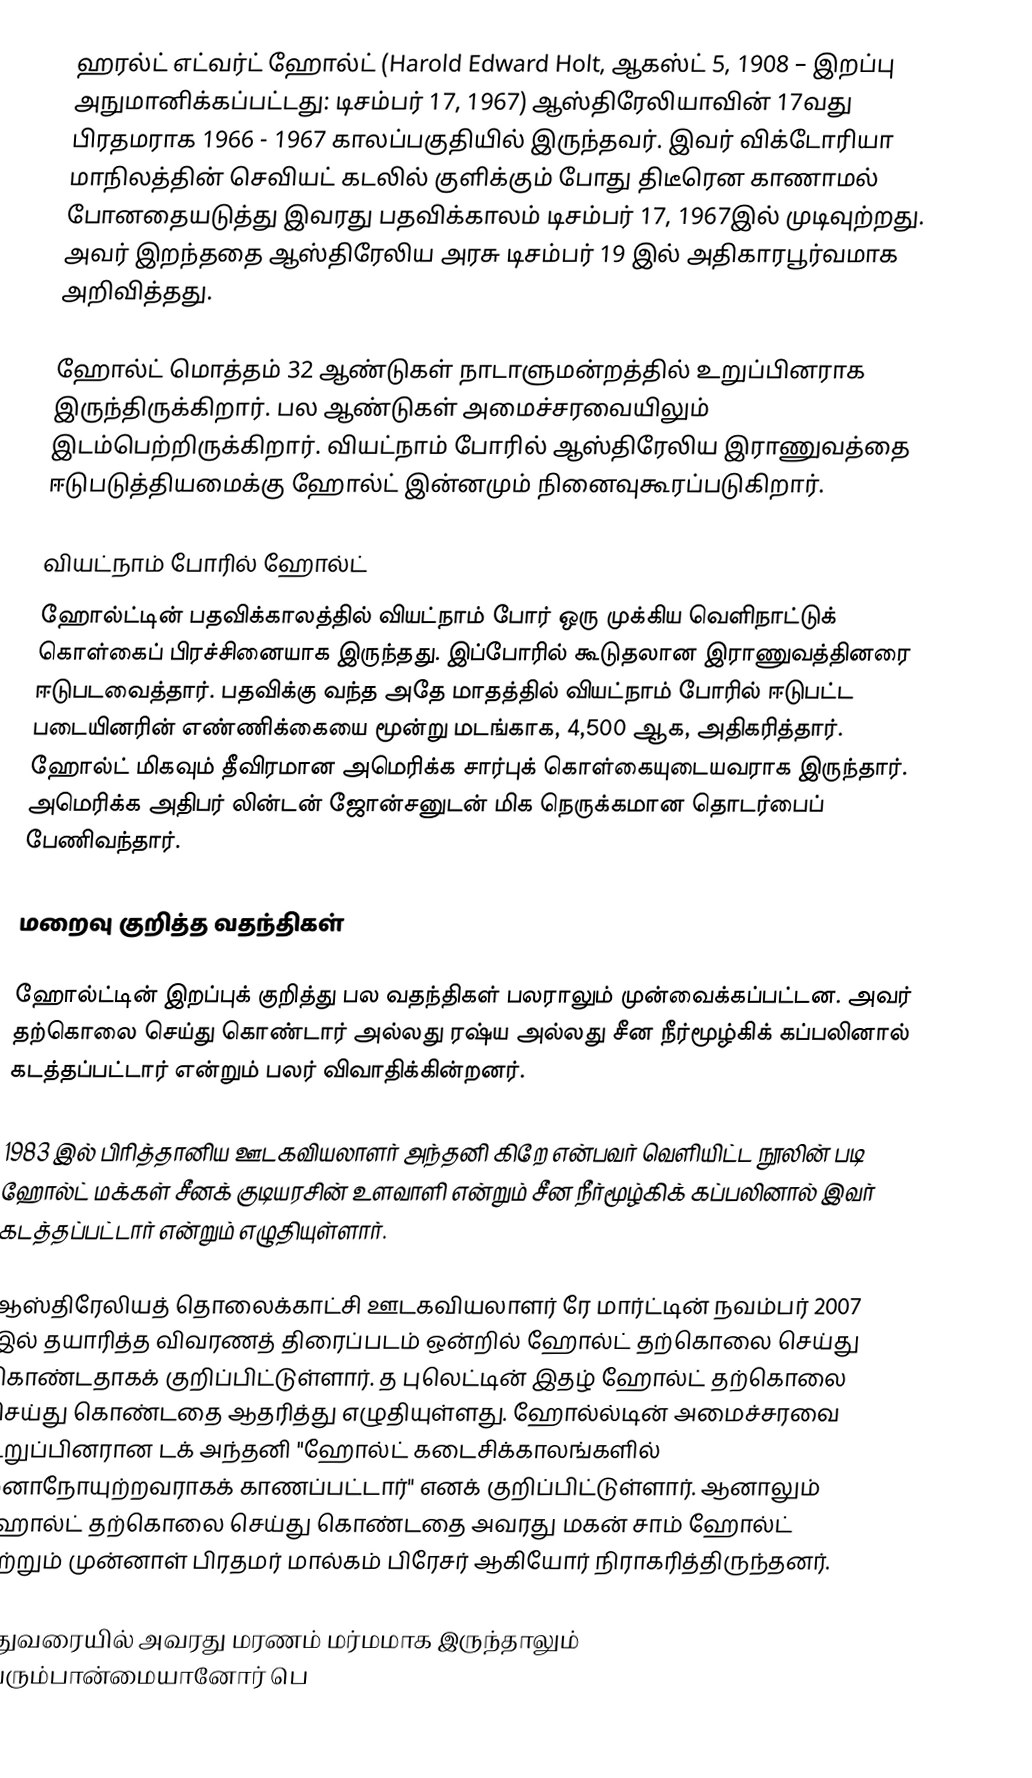
ஹரல்ட் எட்வர்ட் ஹோல்ட் (Harold Edward Holt, ஆகஸ்ட் 5, 1908 – இறப்பு அநுமானிக்கப்பட்டது: டிசம்பர் 17, 1967) ஆஸ்திரேலியாவின் 17வது பிரதமராக 1966 - 1967 காலப்பகுதியில் இருந்தவர். இவர் விக்டோரியா மாநிலத்தின் செவியட் கடலில் குளிக்கும் போது திடீரென காணாமல் போனதையடுத்து இவரது பதவிக்காலம் டிசம்பர் 17, 1967இல் முடிவுற்றது. அவர் இறந்ததை ஆஸ்திரேலிய அரசு டிசம்பர் 19 இல் அதிகாரபூர்வமாக அறிவித்தது.

ஹோல்ட் மொத்தம் 32 ஆண்டுகள் நாடாளுமன்றத்தில் உறுப்பினராக இருந்திருக்கிறார். பல ஆண்டுகள் அமைச்சரவையிலும் இடம்பெற்றிருக்கிறார். வியட்நாம் போரில் ஆஸ்திரேலிய இராணுவத்தை ஈடுபடுத்தியமைக்கு ஹோல்ட் இன்னமும் நினைவுகூரப்படுகிறார்.

வியட்நாம் போரில் ஹோல்ட்
ஹோல்ட்டின் பதவிக்காலத்தில் வியட்நாம் போர் ஒரு முக்கிய வெளிநாட்டுக் கொள்கைப் பிரச்சினையாக இருந்தது. இப்போரில் கூடுதலான இராணுவத்தினரை ஈடுபடவைத்தார். பதவிக்கு வந்த அதே மாதத்தில் வியட்நாம் போரில் ஈடுபட்ட படையினரின் எண்ணிக்கையை மூன்று மடங்காக, 4,500 ஆக, அதிகரித்தார். ஹோல்ட் மிகவும் தீவிரமான அமெரிக்க சார்புக் கொள்கையுடையவராக இருந்தார். அமெரிக்க அதிபர் லின்டன் ஜோன்சனுடன் மிக நெருக்கமான தொடர்பைப் பேணிவந்தார்.

மறைவு குறித்த வதந்திகள்

ஹோல்ட்டின் இறப்புக் குறித்து பல வதந்திகள் பலராலும் முன்வைக்கப்பட்டன. அவர் தற்கொலை செய்து கொண்டார் அல்லது ரஷ்ய அல்லது சீன நீர்மூழ்கிக் கப்பலினால் கடத்தப்பட்டார் என்றும் பலர் விவாதிக்கின்றனர்.

1983 இல் பிரித்தானிய ஊடகவியலாளர் அந்தனி கிறே என்பவர் வெளியிட்ட நூலின் படி ஹோல்ட் மக்கள் சீனக் குடியரசின் உளவாளி என்றும் சீன நீர்மூழ்கிக் கப்பலினால் இவர் கடத்தப்பட்டார் என்றும் எழுதியுள்ளார்.

ஆஸ்திரேலியத் தொலைக்காட்சி ஊடகவியலாளர் ரே மார்ட்டின் நவம்பர் 2007 இல் தயாரித்த விவரணத் திரைப்படம் ஒன்றில் ஹோல்ட் தற்கொலை செய்து கொண்டதாகக் குறிப்பிட்டுள்ளார். த புலெட்டின் இதழ் ஹோல்ட் தற்கொலை செய்து கொண்டதை ஆதரித்து எழுதியுள்ளது. ஹோல்ல்டின் அமைச்சரவை உறுப்பினரான டக் அந்தனி "ஹோல்ட் கடைசிக்காலங்களில் மனாநோயுற்றவராகக் காணப்பட்டார்" எனக் குறிப்பிட்டுள்ளார். ஆனாலும் ஹோல்ட் தற்கொலை செய்து கொண்டதை அவரது மகன் சாம் ஹோல்ட் மற்றும் முன்னாள் பிரதமர் மால்கம் பிரேசர் ஆகியோர் நிராகரித்திருந்தனர்.

இதுவரையில் அவரது மரணம் மர்மமாக இருந்தாலும் பெரும்பான்மையானோர் பெ